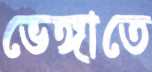
ভেঙ্গাতে